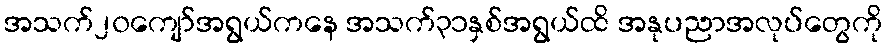
အသက်၂၀ကျော်အရွယ်ကနေ အသက်၃၁နှစ်အရွယ်ထိ အနုပညာအလုပ်တွေကို